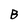
Character: B